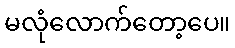
မလုံလောက်တော့ပေ။